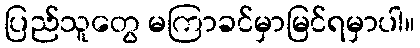
ပြည်သူတွေ မကြာခင်မှာမြင်ရမှာပါ။